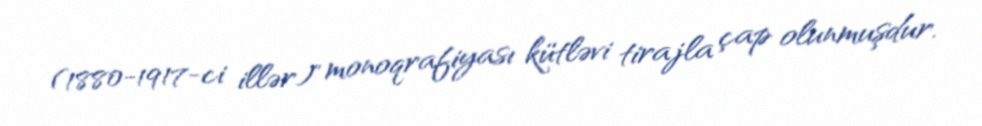
(1880-1917-ci illər)" monoqrafiyası kütləvi tirajla çap olunmuşdur.